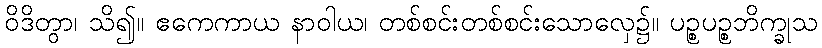
ဝိဒိတွာ၊ သိ၍။ ဧကေကာယ နာဝါယ၊ တစ်စင်းတစ်စင်းသောလှေ၌။ ပဉ္စပဉ္စဘိက္ခုသ